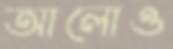
আলোও